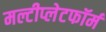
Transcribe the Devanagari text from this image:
मल्टीप्लेटफॉर्म